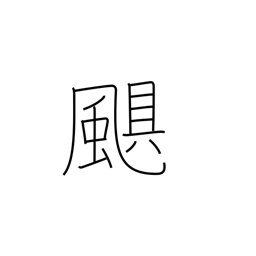
Meaning: storm